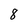
Character: 8